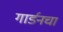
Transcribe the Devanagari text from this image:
गार्डनचा